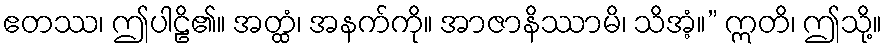
ဧတဿ၊ ဤပါဠိ၏။ အတ္ထံ၊ အနက်ကို။ အာဇာနိဿာမိ၊ သိအံ့။” ဣတိ၊ ဤသို့။